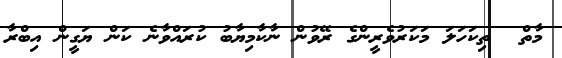
މާތް  ތިކަހަލަ މަކަރުވެރީންގެ ރޭވުން ނާކާމިޔާބު ކުރައްވާނެ ކަން ޔަގީން އިބްރާ